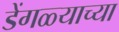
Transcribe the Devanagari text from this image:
डेंगळ्याच्या